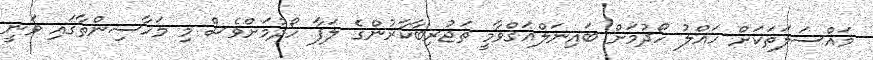
މައްސަލަތަކަށް ހައްލު ހޯދުމަށް ބައިނަލްއަޤްވާމީ ތަޖުރިބާކާރުންގެ ލަފާ ހޯދުމަށްވެސް މި މަހާސިންތާގައި ވަނީ